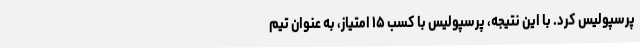
پرسپولیس کرد. با این نتیجه، پرسپولیس با کسب ۱۵ امتیاز، به عنوان تیم